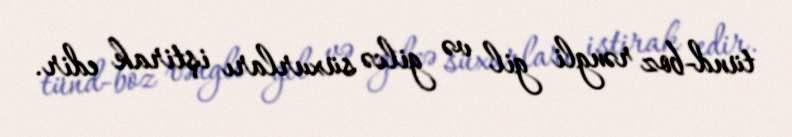
tünd-boz rəngli gil və gilcə süxurları iştirak edir.